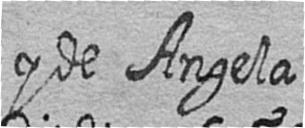
y de Angela